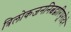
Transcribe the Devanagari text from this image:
त्रिलोकजननित्वद्वारिपूरोदरे